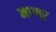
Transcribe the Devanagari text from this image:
नाग्गर